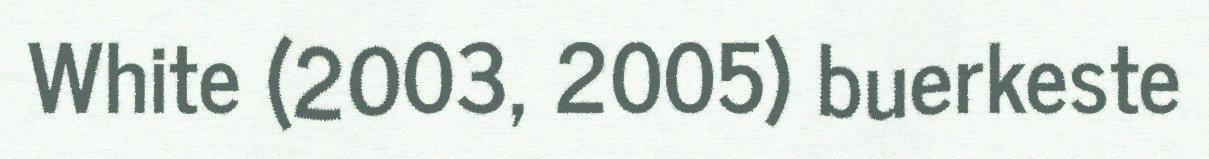
White (2003, 2005) buerkeste